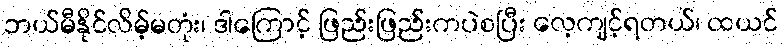
ဘယ်မီနိုင်လိမ့်မတုံး၊ ဒါကြောင့် ဖြည်းဖြည်းကပဲစပြီး လေ့ကျင့်ရတယ်၊ ထယင်